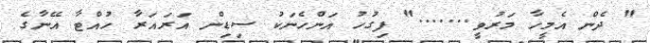
" ދެން އެމީހާ މަރުވީ......." ފިގުހު އަންހެނަކު ސިޑިން އަރައަރާ ހުއްޓާ އޭނާގެ